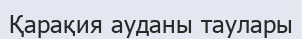
Қарақия ауданы таулары